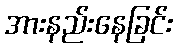
အားနည်းနေခြင်း